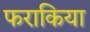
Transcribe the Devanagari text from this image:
फराकिया